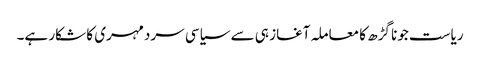
ریاست جونا گڑھ کا معاملہ آغاز ہی سے سیاسی سردمہری کا شکار ہے۔